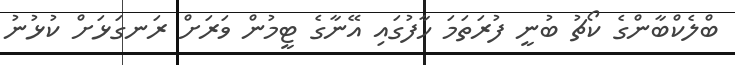
ބްލެކްބާންގެ ކޯޗު ބުނީ ފުރަތަމަ ހާފުގައި އޭނާގެ ޓީމުން ވަރަށް ރަނގަޅަށް ކުޅުނު